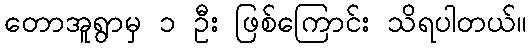
တောအူရွာမှ ၁ ဦး ဖြစ်ကြောင်း သိရပါတယ်။